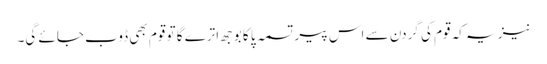
نیز یہ کہ قوم کی گردن سے اس پیر تسمہ پا کا بوجھ اترے گا تو قوم بھی ڈوب جائے گی۔